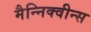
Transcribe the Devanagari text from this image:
मैन्निक्वीन्स